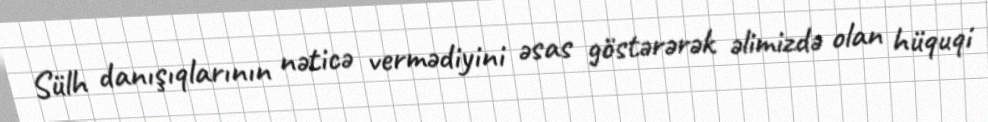
Sülh danışıqlarının nəticə vermədiyini əsas göstərərək əlimizdə olan hüquqi